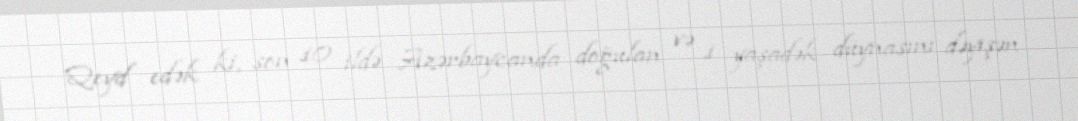
Qeyd edək ki, son 10 ildə Azərbaycanda doğulan və 1 yaşadək düynasını dəyişən